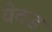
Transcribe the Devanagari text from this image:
वेक्ड